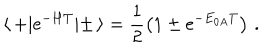
LaTeX: \langle \, + | \mathrm { e } ^ { - H T } | \pm \, \rangle = \frac { 1 } { 2 } \left( 1 \pm \mathrm { e } ^ { - E _ { 0 A } T } \right) \, .